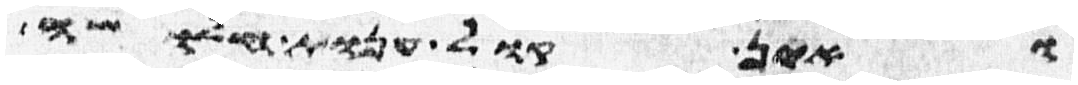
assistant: ואין קול ענות חלושה